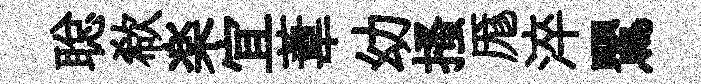
聪欷楽宜葦幼搔厖淬鸎